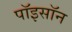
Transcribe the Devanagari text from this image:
पॉइसॉन